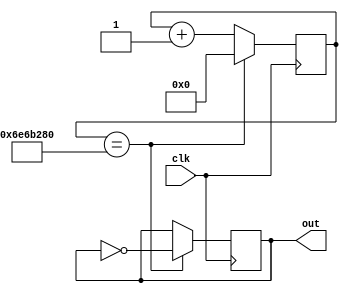
module Freq800(out,clk);
input clk;
output reg out;
reg [27:0] count=0;
	always @ (posedge clk)
		if(count == 27'd250000000)
		begin
	      count <= 27'd0;
			out=~out;
		end
		else
		   count <= count + 1;

endmodule